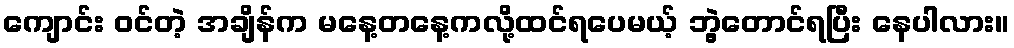
ကျောင်း ဝင်တဲ့ အချိန်က မနေ့တနေ့ကလို့ထင်ရပေမယ့် ဘွဲ့တောင်ရပြီး နေပါလား။